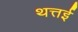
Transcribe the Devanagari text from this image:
थत्तई